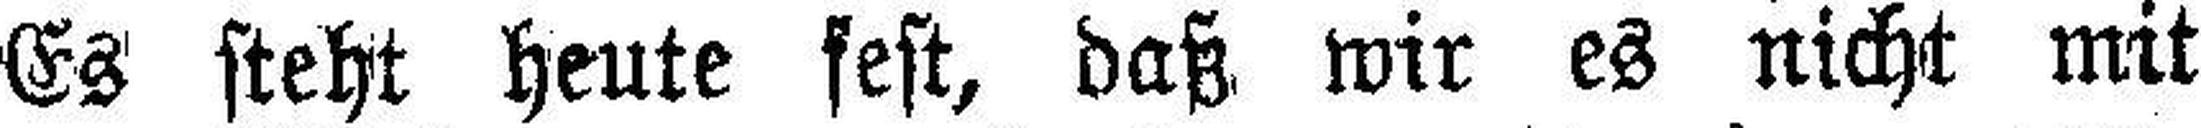
Es steht heute fest, daß wir es nicht mit